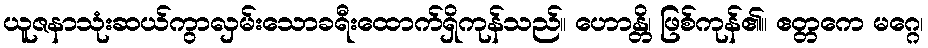
ယူဇနာသုံးဆယ်ကွာလှမ်းသောခရီးထောက်ရှိကုန်သည်။ ဟောန္တိ၊ ဖြစ်ကုန်၏။ ဧတ္တကေ မဂ္ဂေ၊